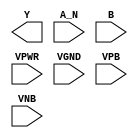
module sky130_fd_sc_ls__nand2b (
    Y   ,
    A_N ,
    B   ,
    VPWR,
    VGND,
    VPB ,
    VNB
);

    output Y   ;
    input  A_N ;
    input  B   ;
    input  VPWR;
    input  VGND;
    input  VPB ;
    input  VNB ;
endmodule